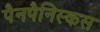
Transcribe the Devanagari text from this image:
पैनपैनिस्कस